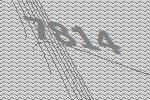
7814